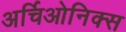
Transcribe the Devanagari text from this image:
अर्चिओनिक्स